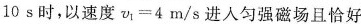
1 0 s$$时，以速度$$v _ { 1 } = 4 m / s$$进入匀强磁场且恰好